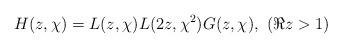
LaTeX: \begin{align*} H(z, \chi) = L(z, \chi) L(2z, \chi^{2}) G(z, \chi),\ (\Re z>1)\end{align*}